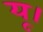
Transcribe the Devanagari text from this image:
यू।